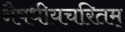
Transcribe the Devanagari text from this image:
नैषधीयचरितम्‌